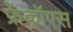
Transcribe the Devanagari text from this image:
फ्रेंकॉएस